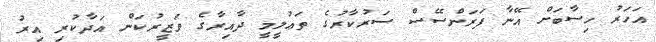
އަހަރު ހިސާބަށް އޭނާ ފަރަންސޭސް ސަރުކާރުގެ ތަޢުލީމީ ދާއިރާގެ ވަޒީރުކަން އަދާކުރި އިރު